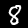
Digit: 8